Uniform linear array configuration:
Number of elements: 8
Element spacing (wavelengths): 1
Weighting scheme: exponential
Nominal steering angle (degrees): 60
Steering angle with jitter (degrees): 60.089
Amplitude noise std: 0.05
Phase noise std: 0.05

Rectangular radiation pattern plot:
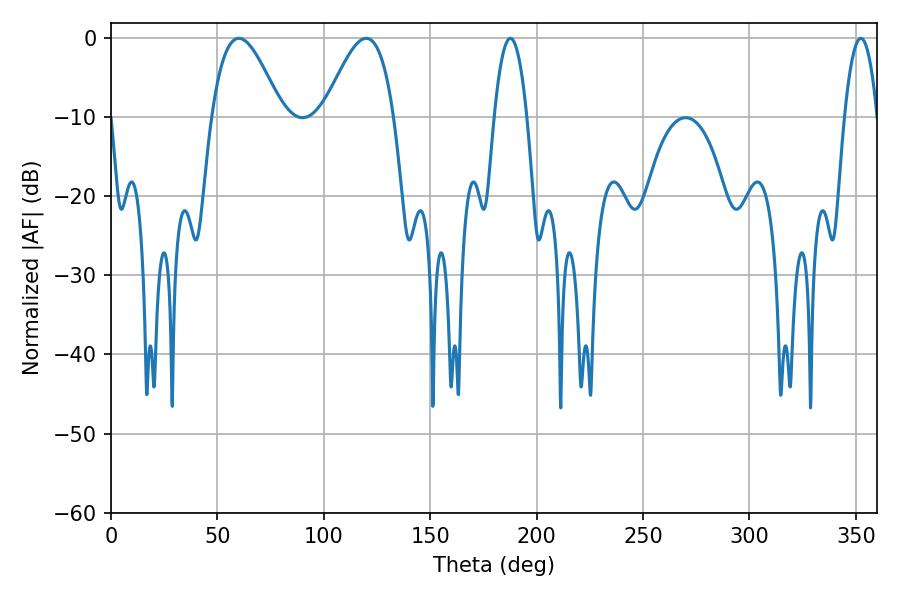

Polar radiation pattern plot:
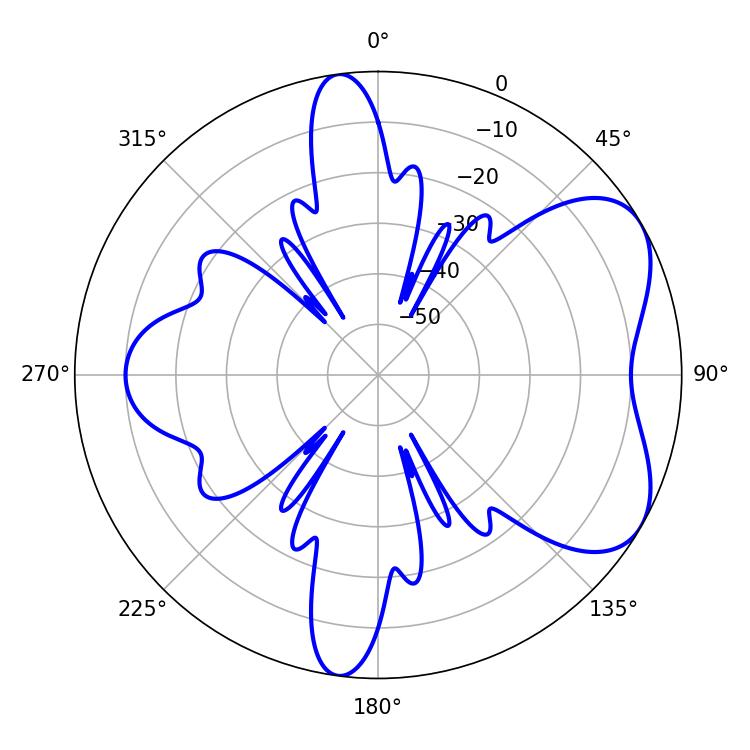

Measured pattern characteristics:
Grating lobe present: TRUE
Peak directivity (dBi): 5.725
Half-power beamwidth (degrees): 17.64
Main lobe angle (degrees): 60.12